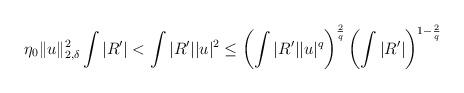
LaTeX: \begin{align*}\begin{aligned}\eta_0\|u\|_{2,\delta}^2 \int |R'| &< \int |R'| |u|^2\le \left(\int |R'| |u|^q\right)^{\frac 2 q }\left(\int |R'| \right)^{1-\frac 2 q }\end{aligned}\end{align*}